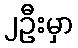
၂ဦးမှာ